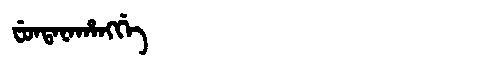
Manchu: ᠸᡠᠨᡨᠠᠨᠠᡥᠠᠩᡤᡝ
Romanization: FUNTANAHANGGE